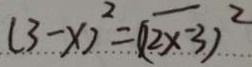
( 3 - x ) ^ { 2 } = \overline { ( 2 x - 3 ) } ^ { 2 }